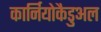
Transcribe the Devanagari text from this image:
कार्नियोकैडुअल